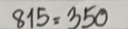
815 = 350